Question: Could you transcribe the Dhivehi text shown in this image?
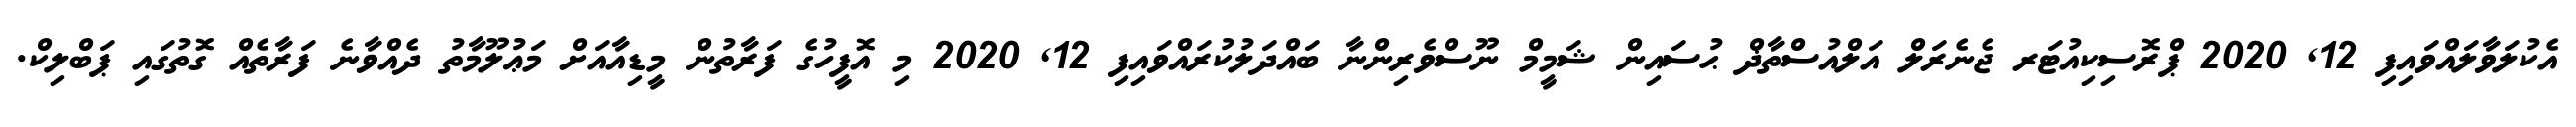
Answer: އެކުލަވާލައްވައިފި 12, 2020 ޕްރޮސިކިއުޓަރ ޖެނެރަލް އަލްއުސްތާޛް ޙުސައިން ޝަމީމް ނޫސްވެރިންނާ ބައްދަލުކުރައްވައިފި 12, 2020 މި އޮފީހުގެ ފަރާތުން މީޑިއާއަށް މަޢުލޫމާތު ދެއްވާނެ ފަރާތެއް ގޮތުގައި ޕަބްލިކް.